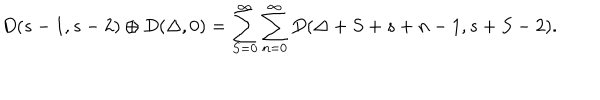
D ( s - 1 , s - 2 ) \oplus D ( \Delta , 0 ) = \sum _ { S = 0 } ^ { \infty } \sum _ { n = 0 } ^ { \infty } D ( \Delta + S + s + n - 1 , s + S - 2 ) .